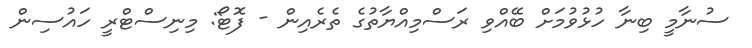
ސުނާމީ ބިނާ ހުޅުވުމަށް ބޭއްވި ރަސްމިއްޔާތުގެ ތެރެއިން - ފޮޓޯ: މިނިސްޓްރީ ހައުސިން